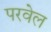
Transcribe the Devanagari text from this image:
परवेल